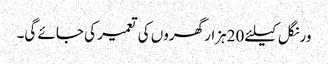
ورنگل کیلئے 20ہزار گھروں کی تعمیر کی جائے گی۔